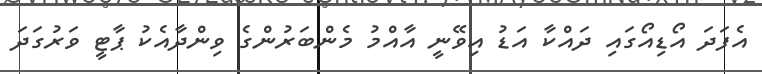
އެފަދަ އޯޑިއޯގައި ދައްކާ އަޑު އިވޭނީ އާއްމު މެންބަރުންގެ ވިންދާއެކު ޕާޓީ ވަރުގަދަ